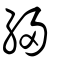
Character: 綅